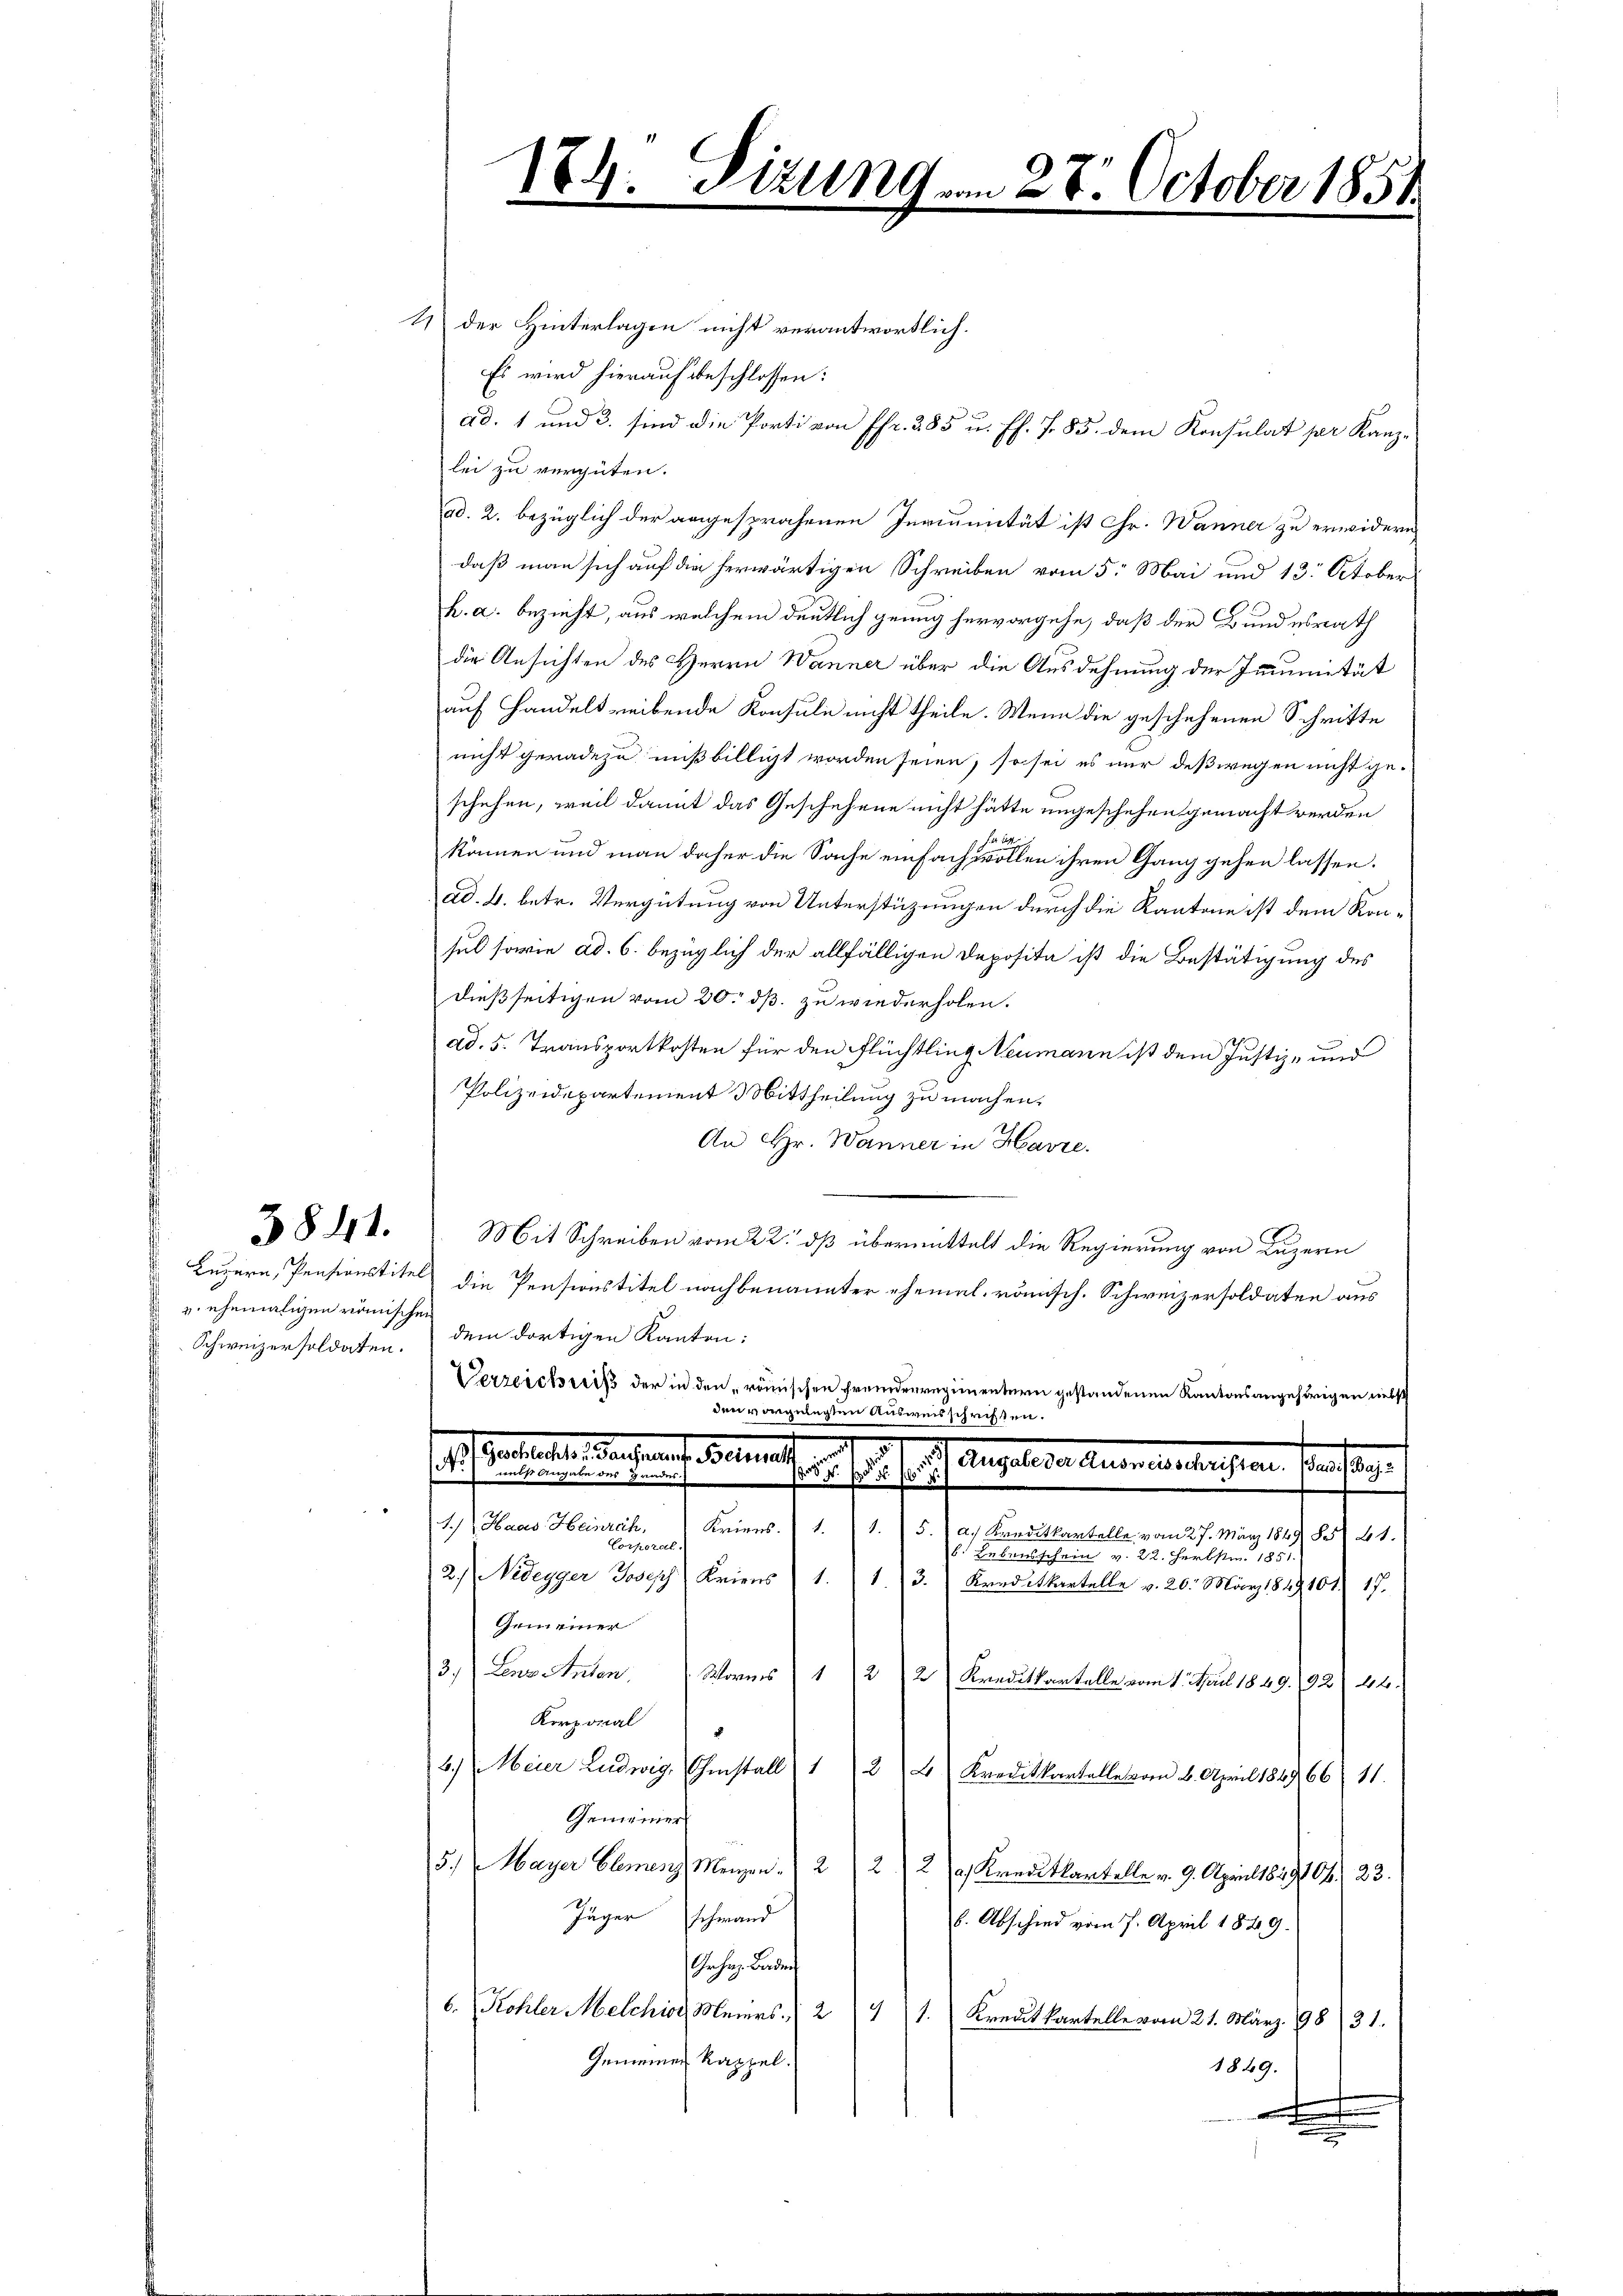
u ehemaligen römischen
Schweizersoldaten.

3841.

184. Tizung am 28. October 1851

Nr 10

4 der Hinterlagen nicht verantwortlich.
Es wird hierauf beschlossen:
ad. 1 und 3. sind die Porti von Pfr. 285 u. ff. f. 85. dem Konsulat per Kanzlei zu vergüten.
ad. 2. bezüglich der angesprochenen Juriunität ist Chr. Wanner zu erwidern,
daß man sich auf die herwärtigen Schreiben vom 5. Mai und 13. October
h. a. bezieht, aus welchem deutlich genug hervorgehe, daß der Bundesrath
die Ansichten des Herrn Wanner über die Ausdehnung der Immunität
auf Handeltreibende Konsule nicht theile. Wenn die geschehenen Schritte
nicht geradezu mißbilligt worden seien, so sei es nur deßwegen nicht ge-
schehen, weil damit das Geschehene nicht hätte ungeschehen gemacht werden
können und man daher die Sache einfach wollen ihren Gang gehen lassen.
ad. 4. betr. Vergütung von Unterstüzungen durch die Kantone ist dem Konsul sowie ad. 6. bezüglich der allfälligen Deposita ist die Bestätigung des
dießseitigen vom 20. dß. zu wiederholen.
ad. 5. Transportkosten für den Flüchtling Neumann ist dem Justiz- und
Polizeidepartement Mittheilung zu machen.
An Hr. Wanner in Havre.
Mit Schreiben vom 22. dß übermittelt die Regierung von Luzern
Luzern, Pensionstitel die Pensionstitel nachbenannter ehemal, römisch. Schweizersoldaten aus
dem dortigen Kanton:
Verzeichreis der in den römischen Fremdenregimentern gestandenen Kantonsangehörigen nebst
den vorgelegten Ausweisschriften.
erhaltete Betra
e
.
1
M. Parisierten und rechen nich

1.) Haas Heinräch,
Kriens. 1. 1. 5.) a.) Kreditkartelle vom 27. März 1849 855 21.
Corporal.
6. Lebensschein v. 22. Herbstm. 1851.
2.) Nidegger Joseph Kriens 1. 1. (3. (Kreditkartelle v. 26. März 1849 101. 17.
Gemeiner
3.) Bar. Anton Worms (1 (212) Kreditantelle vom 1. Juli 1849. (92) 102.
Korporal
3.) Meier Ludwig Ehestall) 122 (Kreditkantelle vom 6. April 1849, 66. 11.
Gemeiner
5. Mayer Clemenz Mengen. 22
2
a) Kreditkartelle v. 9. April 1849106. 23.
Jäger Schwand
b. Abschied vom 7. April 1849.
Gehen Baden
6. Kohler Melchior Meiers. " 241.  Kreditkartelle vom 21. März. 98 31.
Gemeinen Kappel.
1849.
.